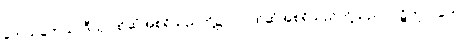
တေသုကေသာဒီသု၊ ထိုဆံအစရှိသည်တို့၌။ ဝါ၊ ထိုဆံအစရှိသည်တို့သည်။ ပဋိကူလတော၊